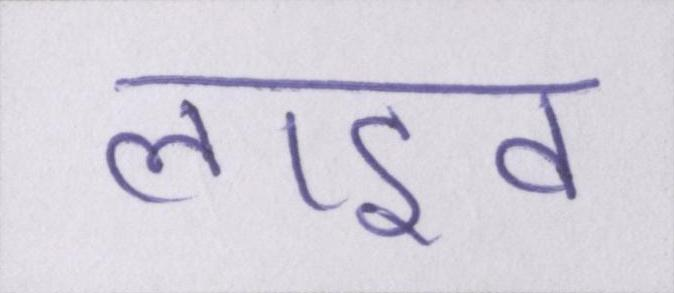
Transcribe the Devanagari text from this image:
लाइव